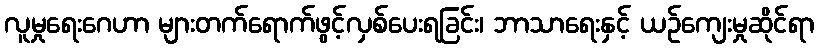
လူမှုရေးဂေဟာ များတက်ရောက်ဖွင့်လှစ်ပေးရခြင်း၊ ဘာသာရေးနှင့် ယဉ်ကျေးမှုဆိုင်ရာ